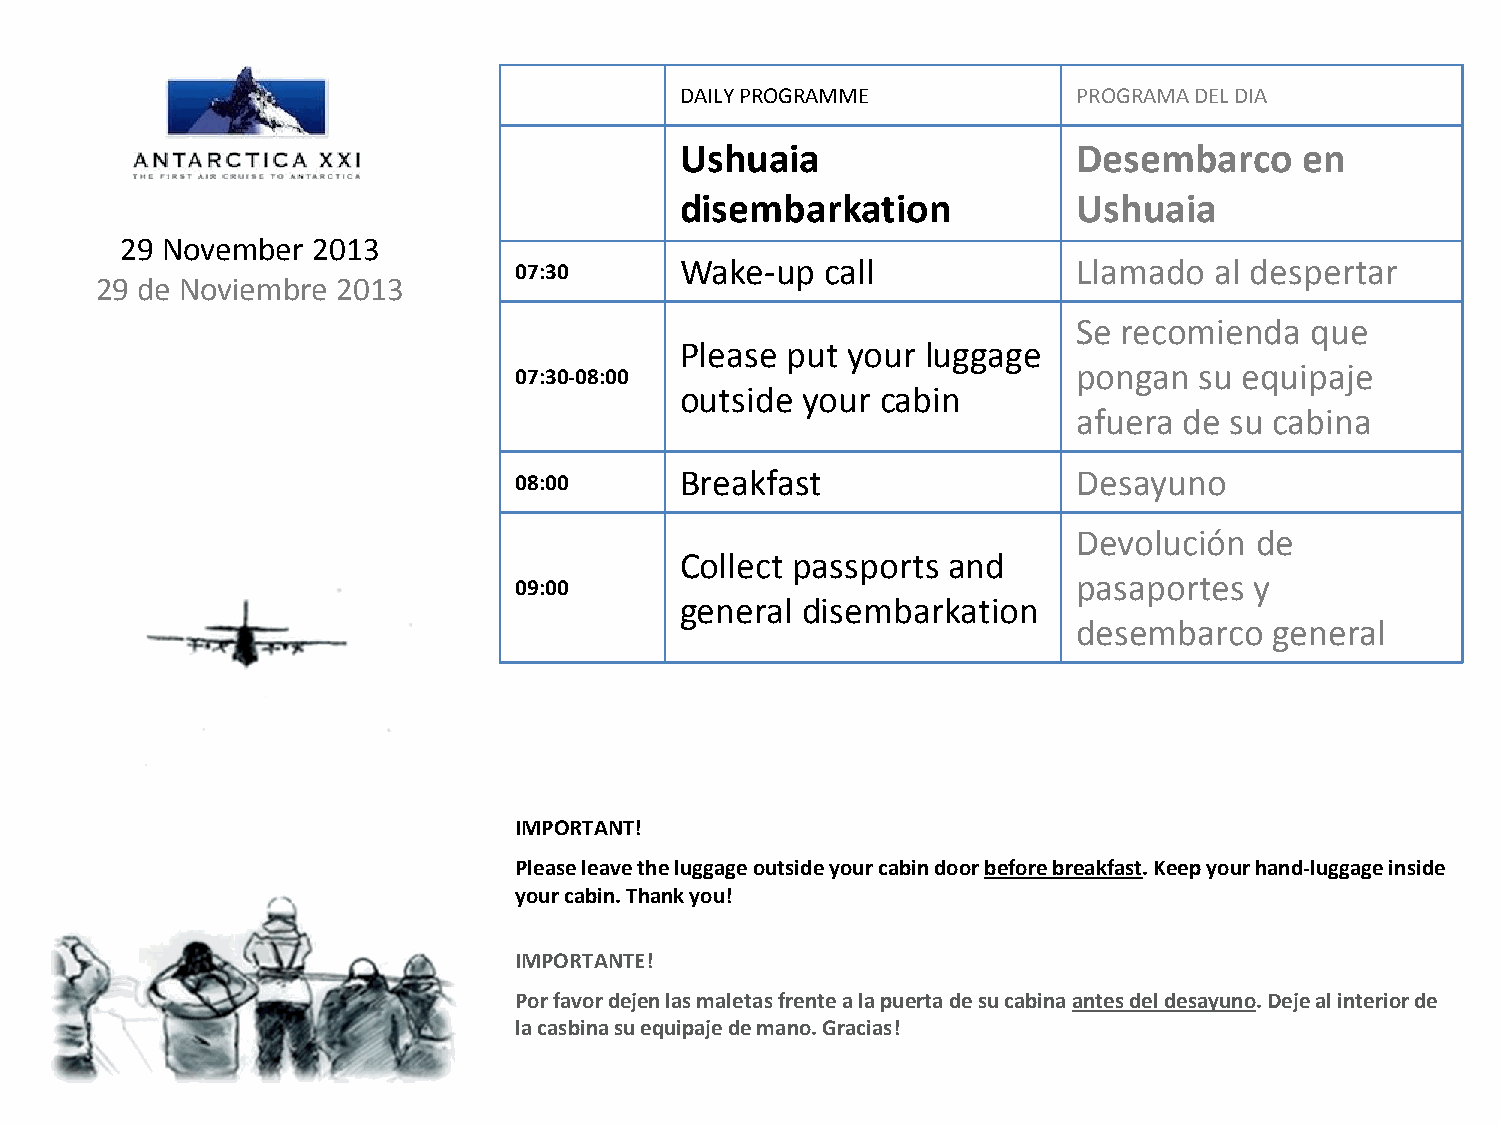
DAILY PROGRAMME           PROGRAMA DEL DIA
 Ushuaia                   Desembarco     en
 disembarkation            Ushuaia
 29 November  2013
 07:30      Wake-up   call            Llamado  al despertar
 29 de Noviembre 2013
 Se recomienda   que
 Please put your luggage
 07:30-08:00                          pongan  su equipaje
 outside your cabin
 afuera de su cabina
 08:00      Breakfast                 Desayuno
 Devolución  de
 Collect passports and
 09:00                                pasaportes  y
 general disembarkation
 desembarco   general
 IMPORTANT!
 Please leave the luggage outside your cabin door before breakfast. Keep your hand-luggage inside
 your cabin. Thank you!
 IMPORTANTE!
 Por favor dejen las maletas frente a la puerta de su cabina antes del desayuno. Deje al interior de
 la casbina su equipaje de mano. Gracias!